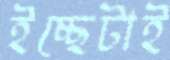
ইচ্ছেটাই